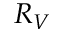
R _ { V }